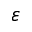
\varepsilon